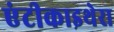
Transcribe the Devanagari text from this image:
एंटीकाइथेरा